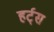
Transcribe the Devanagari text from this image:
हर्ट्‌स